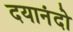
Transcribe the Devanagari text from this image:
दयानंदो